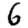
Digit: 6